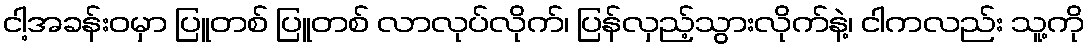
ငါ့အခန်းဝမှာ ပြူတစ် ပြူတစ် လာလုပ်လိုက်၊ ပြန်လှည့်သွားလိုက်နဲ့၊ ငါကလည်း သူ့ကို